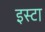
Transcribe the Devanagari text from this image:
इस्टा